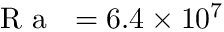
\mathrm { ~ \textit ~ { ~ R ~ a ~ } ~ } = 6 . 4 \times 1 0 ^ { 7 }